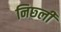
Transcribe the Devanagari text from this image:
निछ्ली